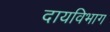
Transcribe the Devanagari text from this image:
दायविभाग